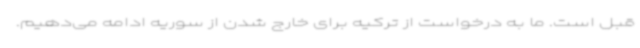
قبل است. ما به درخواست از ترکیه برای خارج شدن از سوریه ادامه می‌دهیم.